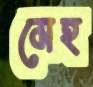
মেহ